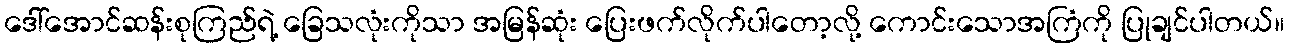
ဒေါ်အောင်ဆန်းစုကြည်ရဲ့ ခြေသလုံးကိုသာ အမြန်ဆုံး ပြေးဖက်လိုက်ပါတော့လို့ ကောင်းသောအကြံကို ပြုချင်ပါတယ်။